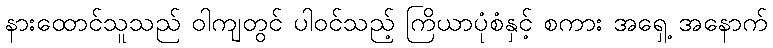
နားထောင်သူသည် ဝါကျတွင် ပါဝင်သည့် ကြိယာပုံစံနှင့် စကား အရှေ့ အနောက်